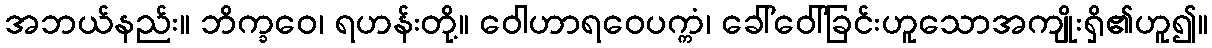
အဘယ်နည်း။ ဘိက္ခဝေ၊ ရဟန်းတို့။ ဝေါဟာရဝေပက္ကံ၊ ခေါ်ဝေါ်ခြင်းဟူသောအကျိုးရှိ၏ဟူ၍။